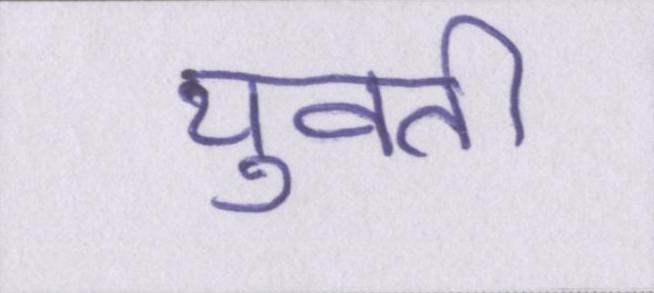
युवती